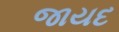
જાયદ